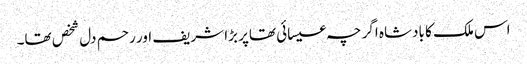
اس ملک کا بادشاہ اگر چہ عیسائی تھاپر بڑا شریف اور رحم دل شخص تھا۔